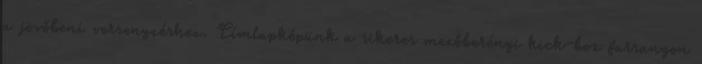
a jövőbeni versenyzéshez. Címlapképünk a sikeres mezőberényi kick-box farsangon